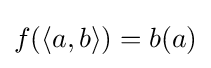
f(\langle a,b\rangle )=b(a)